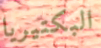
البكتيريا